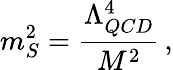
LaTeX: m_{S}^{2}=\frac{\Lambda_{QCD}^{4}}{M^{2}}\, ,